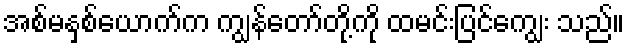
အစ်မနှစ်ယောက်က ကျွန်တော်တို့ကို ထမင်းပြင်ကျွေး သည်။